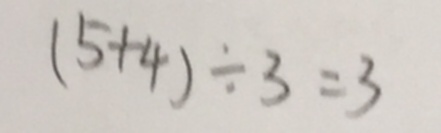
( 5 + 4 ) \div 3 = 3